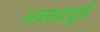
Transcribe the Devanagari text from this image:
अवस्थापूर्ण